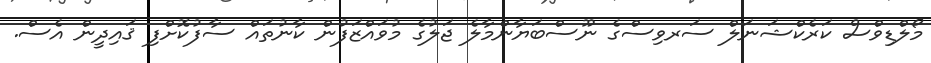
މޯލްޑިވްސް ކަރެކްޝަނަލް ސަރވިސްގެ ނޫސްބަޔާންމާލެ ޖަލުގެ މުވައްޒަފުން ކާނުތައް ސާފުކޮށްފި ޤައިދީން އެސް.